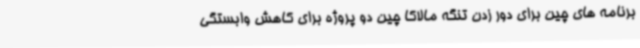
برنامه های چین برای دور زدن تنگه مالاکا چین دو پروژه برای کاهش وابستگی